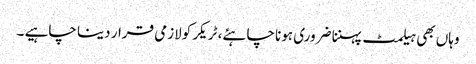
وہاں بھی ہیلمٹ پہننا ضروری ہونا چاہئے، ٹریکر کولازمی قرار دینا چاہیے ۔